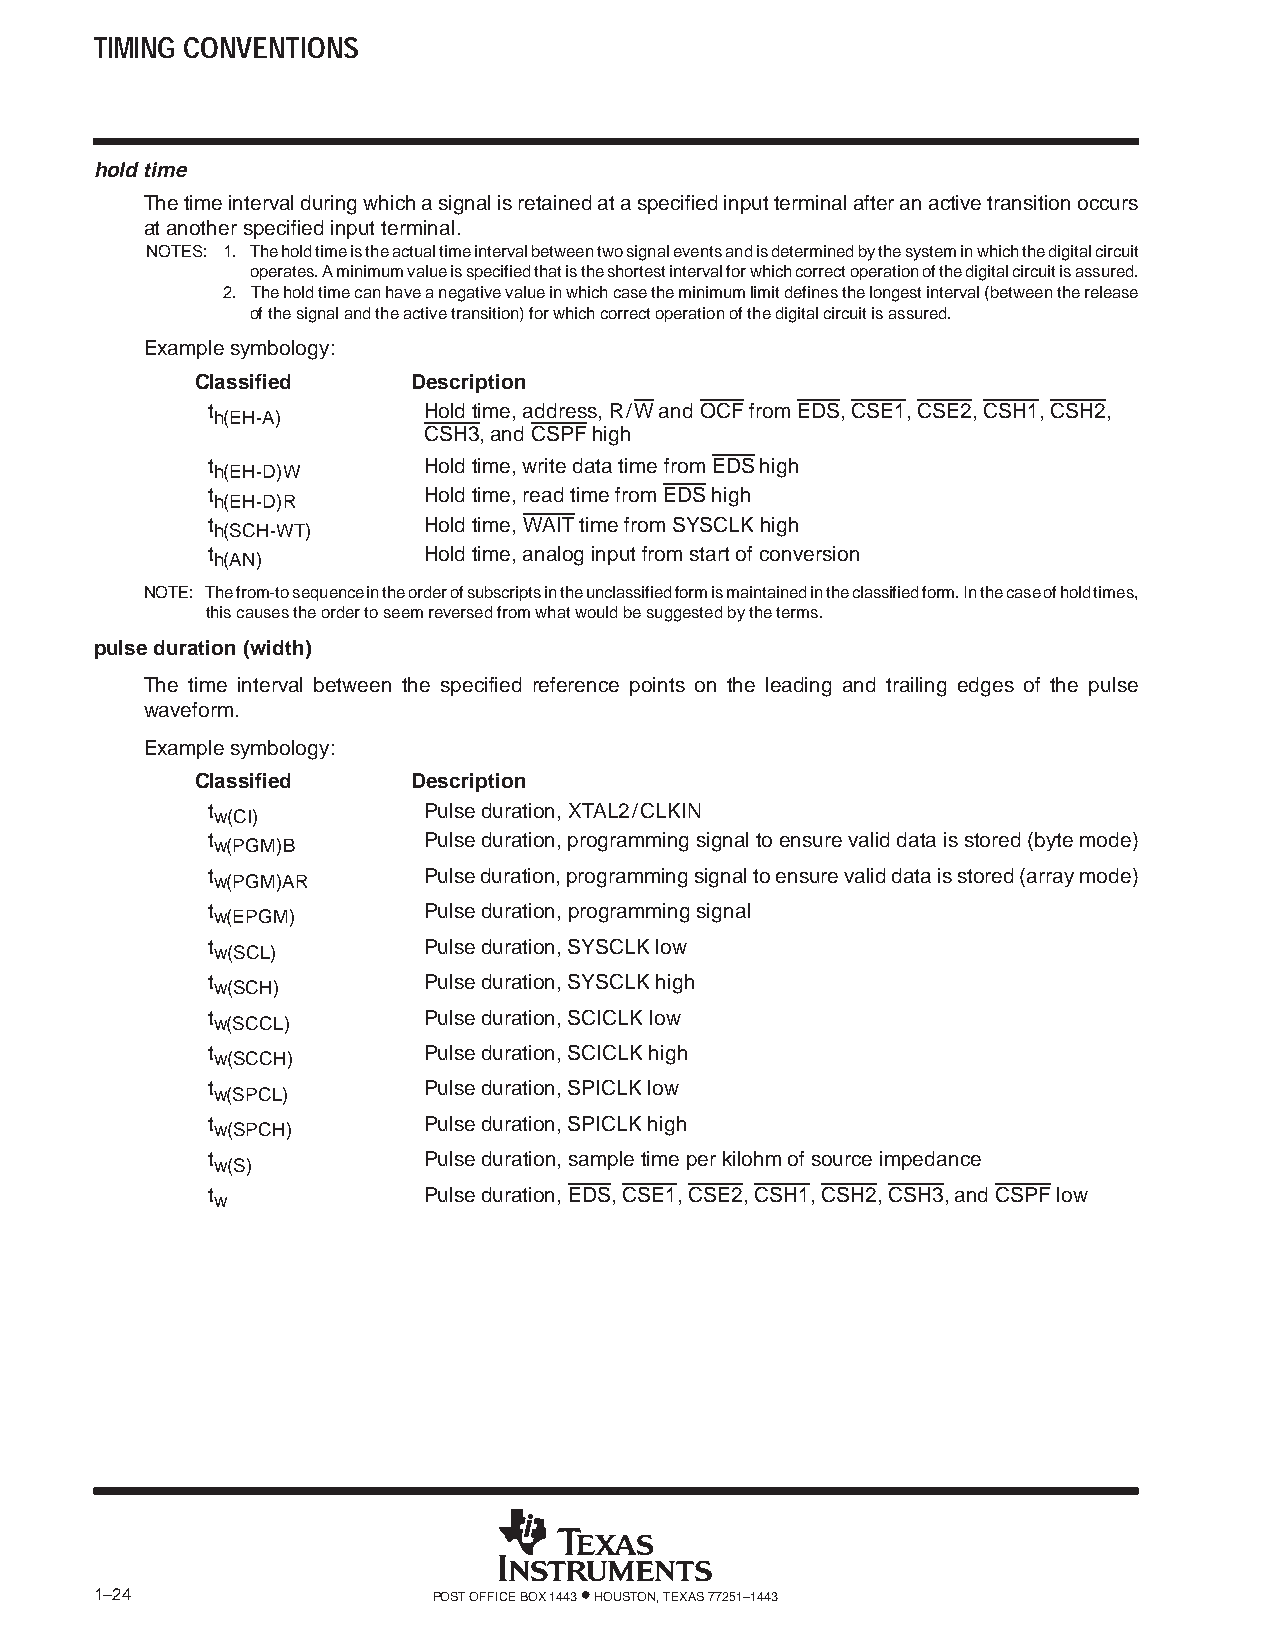
TIMING CONVENTIONS
 hold time
 The time interval during which a signal is retained at a specified input terminal after an active transition occurs
 at another specified input terminal.
 NOTES: 1. The hold time is the actual time interval between two signal events and is determined by the system in which the digital circuit
 operates. A minimum value is specified that is the shortest interval for which correct operation of the digital circuit is assured.
 2. The hold time can have a negative value in which case the minimum limit defines the longest interval (between the release
 of the signal and the active transition) for which correct operation of the digital circuit is assured.
 Example symbology:
 Classified    Description
 t             Hold time, address, R/W and OCF from EDS, CSE1, CSE2, CSH1, CSH2,
 h(EH-A)
 CSH3, and CSPF high
 t             Hold time, write data time from EDS high
 h(EH-D)W
 t             Hold time, read time from EDS high
 h(EH-D)R
 t             Hold time, WAIT time from SYSCLK high
 h(SCH-WT)
 t             Hold time, analog input from start of conversion
 h(AN)
 NOTE: The from-to sequence in the order of subscripts in the unclassified form is maintained in the classified form. In the case of hold times,
 this causes the order to seem reversed from what would be suggested by the terms.
 pulse duration (width)
 The time interval between the specified reference points on the leading and trailing edges of the pulse
 waveform.
 Example symbology:
 Classified    Description
 t             Pulse duration, XTAL2/CLKIN
 w(CI)
 t             Pulse duration, programming signal to ensure valid data is stored (byte mode)
 w(PGM)B
 t             Pulse duration, programming signal to ensure valid data is stored (array mode)
 w(PGM)AR
 t             Pulse duration, programming signal
 w(EPGM)
 t             Pulse duration, SYSCLK low
 w(SCL)
 t             Pulse duration, SYSCLK high
 w(SCH)
 t             Pulse duration, SCICLK low
 w(SCCL)
 t             Pulse duration, SCICLK high
 w(SCCH)
 t             Pulse duration, SPICLK low
 w(SPCL)
 t             Pulse duration, SPICLK high
 w(SPCH)
 t             Pulse duration, sample time per kilohm of source impedance
 w(S)
 t             Pulse duration, EDS, CSE1, CSE2, CSH1, CSH2, CSH3, and CSPF low
 w
 1–24                   POST OFFICE BOX 1443 • HOUSTON, TEXAS 77251–1443